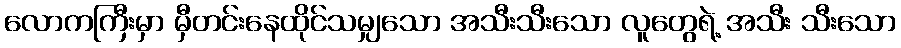
လောကကြီးမှာ မှီတင်းနေထိုင်သမျှသော အသီးသီးသော လူတွေရဲ့ အသီး သီးသော